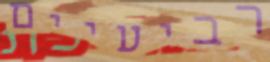
רביעיים